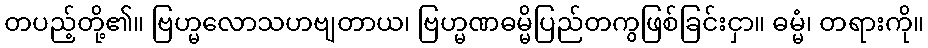
တပည့်တို့၏။ ဗြဟ္မလောသဟဗျတာယ၊ ဗြဟ္မဏဓမ္မိပြည်တကွဖြစ်ခြင်းငှာ။ ဓမ္မံ၊ တရားကို။